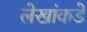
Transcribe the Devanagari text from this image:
लेखांकडे